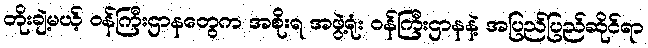
တိုးချဲ့မယ့် ဝန်ကြီးဌာနတွေက အစိုးရ အဖွဲ့ရုံး ဝန်ကြီးဌာနနဲ့ အပြည်ပြည်ဆိုင်ရာ